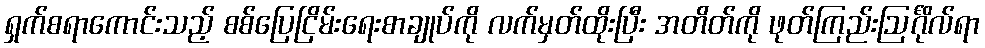
ရှက်စရာကောင်းသည့် စစ်ပြေငြိမ်းရေးစာချုပ်ကို လက်မှတ်ထိုးပြီး အတိတ်ကို ဖုတ်ကြည်းဩင်္ဂိုလ်ရာ